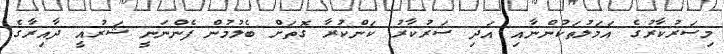
މިސަރުކާރުގެ އަމަލުތަކުންނާއި އަދި ސަރުކާރު ކަންކުރާ ގޮތަށް ބެލުމުން ފެންނަނީ ޝަރުއީ ދާއިރާގެ